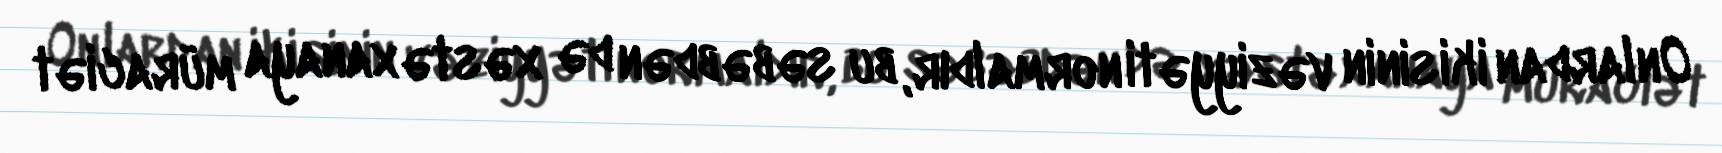
Onlardan ikisinin vəziyyəti normaldır, bu səbəbdən də xəstəxanaya müraciət